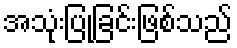
အသုံးပြုခြင်းဖြစ်သည်